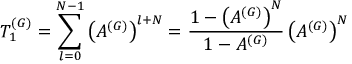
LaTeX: T _ { 1 } ^ { ( G ) } = \sum _ { l = 0 } ^ { N - 1 } \left( A ^ { ( G ) } \right) ^ { l + N } = \frac { 1 - \left( A ^ { ( G ) } \right) ^ { N } } { 1 - A ^ { ( G ) } } \left( A ^ { ( G ) } \right) ^ { N }